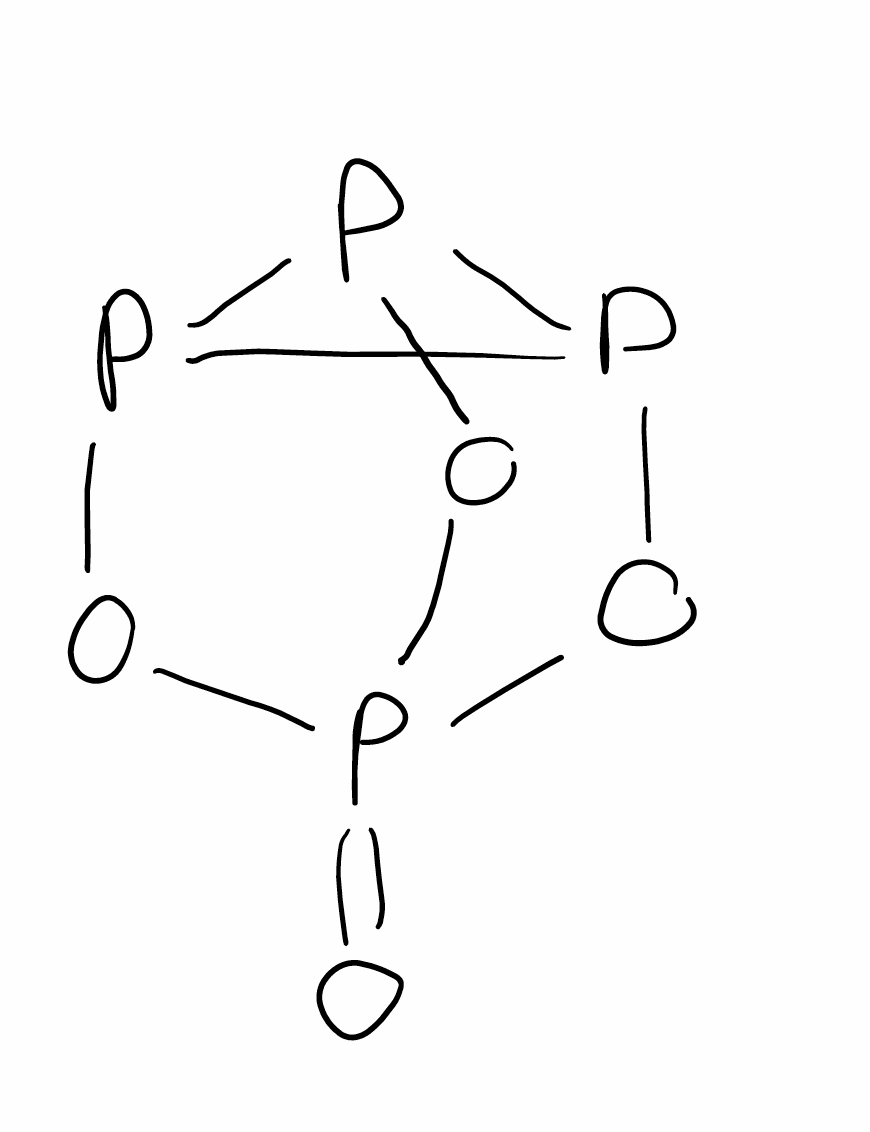
Simplified molecular-input line-entry system (SMILES) notation of the given molecule:
O=P12OP3P(O1)P3O2